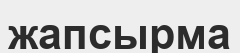
жапсырма